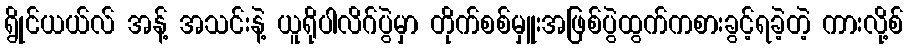
ရွိုင်ယယ်လ် အန့် အသင်းနဲ့ ယူရိုပါလိဂ်ပွဲမှာ တိုက်စစ်မှူးအဖြစ်ပွဲထွက်ကစားခွင့်ရခဲ့တဲ့ ကားလို့စ်